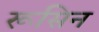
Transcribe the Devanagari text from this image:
रूसिन